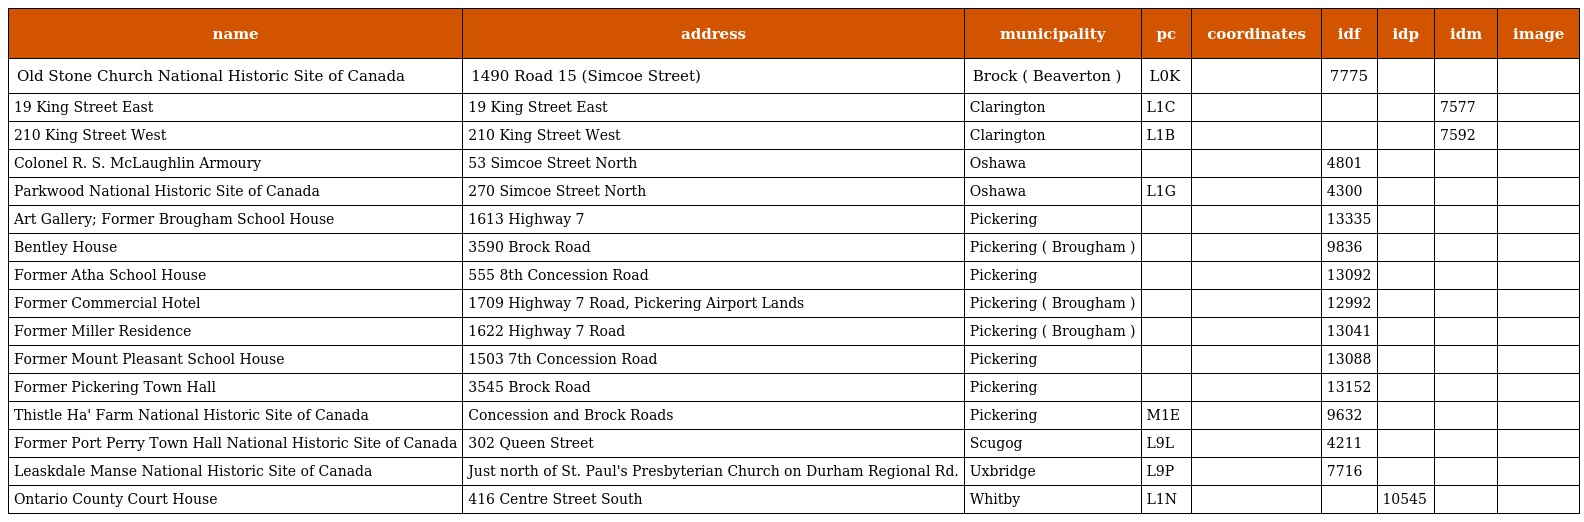
| name | address | municipality | pc | coordinates | idf | idp | idm | image |
 | --- | --- | --- | --- | --- | --- | --- | --- | --- |
 | Old Stone Church National Historic Site of Canada | 1490 Road 15 (Simcoe Street) | Brock ( Beaverton ) | L0K |  | 7775 |  |  |  |
 | 19 King Street East | 19 King Street East | Clarington | L1C |  |  |  | 7577 |  |
 | 210 King Street West | 210 King Street West | Clarington | L1B |  |  |  | 7592 |  |
 | Colonel R. S. McLaughlin Armoury | 53 Simcoe Street North | Oshawa |  |  | 4801 |  |  |  |
 | Parkwood National Historic Site of Canada | 270 Simcoe Street North | Oshawa | L1G |  | 4300 |  |  |  |
 | Art Gallery; Former Brougham School House | 1613 Highway 7 | Pickering |  |  | 13335 |  |  |  |
 | Bentley House | 3590 Brock Road | Pickering ( Brougham ) |  |  | 9836 |  |  |  |
 | Former Atha School House | 555 8th Concession Road | Pickering |  |  | 13092 |  |  |  |
 | Former Commercial Hotel | 1709 Highway 7 Road, Pickering Airport Lands | Pickering ( Brougham ) |  |  | 12992 |  |  |  |
 | Former Miller Residence | 1622 Highway 7 Road | Pickering ( Brougham ) |  |  | 13041 |  |  |  |
 | Former Mount Pleasant School House | 1503 7th Concession Road | Pickering |  |  | 13088 |  |  |  |
 | Former Pickering Town Hall | 3545 Brock Road | Pickering |  |  | 13152 |  |  |  |
 | Thistle Ha' Farm National Historic Site of Canada | Concession and Brock Roads | Pickering | M1E |  | 9632 |  |  |  |
 | Former Port Perry Town Hall National Historic Site of Canada | 302 Queen Street | Scugog | L9L |  | 4211 |  |  |  |
 | Leaskdale Manse National Historic Site of Canada | Just north of St. Paul's Presbyterian Church on Durham Regional Rd. | Uxbridge | L9P |  | 7716 |  |  |  |
 | Ontario County Court House | 416 Centre Street South | Whitby | L1N |  |  | 10545 |  |  |